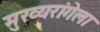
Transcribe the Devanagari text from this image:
मुख्यरांगेला